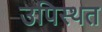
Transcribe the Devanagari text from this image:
उपिस्थत